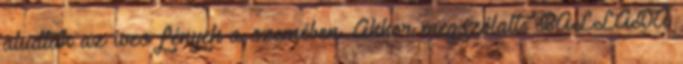
aludtak az íves fények a szemében. Akkor megszólalt: BALLADA